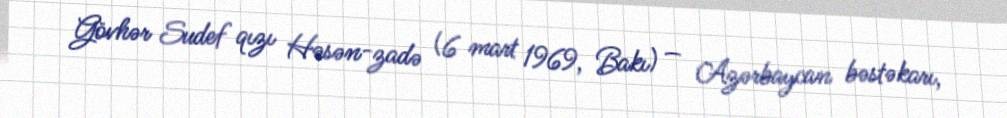
Gövhər Sudef qızı Həsən-zadə (6 mart 1969, Bakı) — Azərbaycan bəstəkarı,